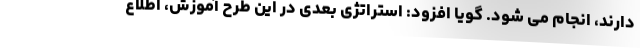
دارند، انجام می شود. گویا افزود: استراتژی بعدی در این طرح آموزش، اطلاع